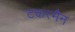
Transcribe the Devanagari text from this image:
टकरमैन